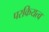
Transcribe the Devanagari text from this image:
परकियत्व